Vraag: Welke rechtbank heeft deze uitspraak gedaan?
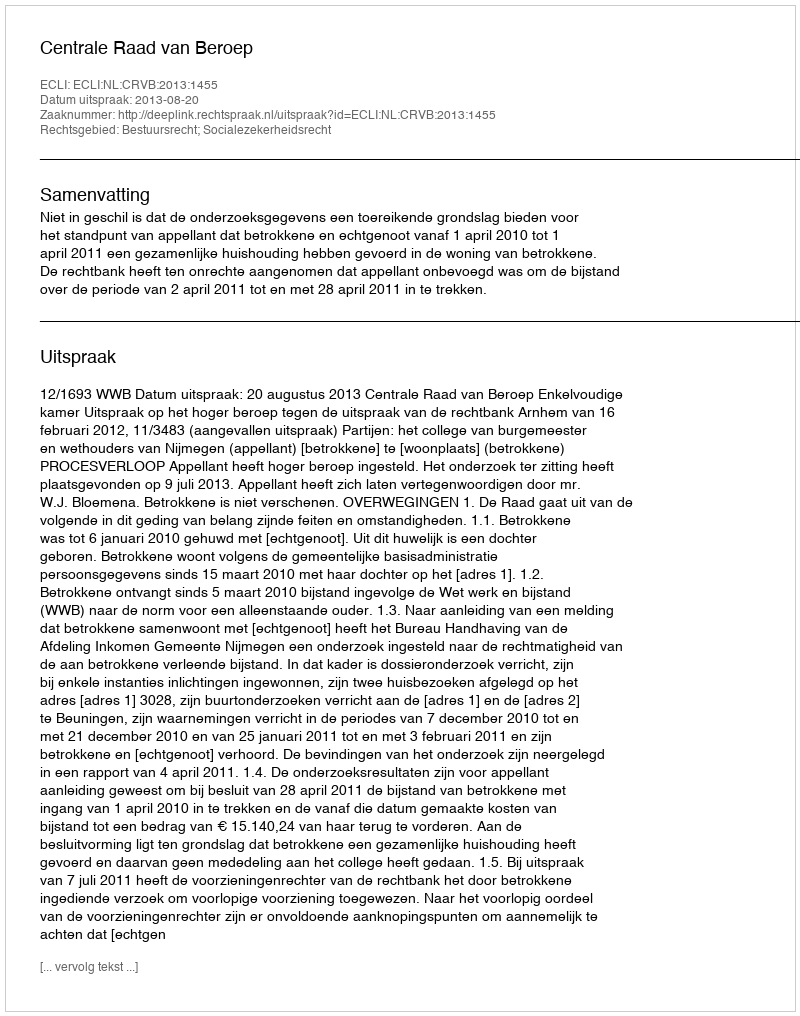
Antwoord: Centrale Raad van Beroep